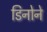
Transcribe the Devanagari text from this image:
डिनोने